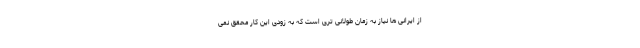
از ایرانی ها نیاز به زمان طولانی تری است که به زودی این کار محقق نمی